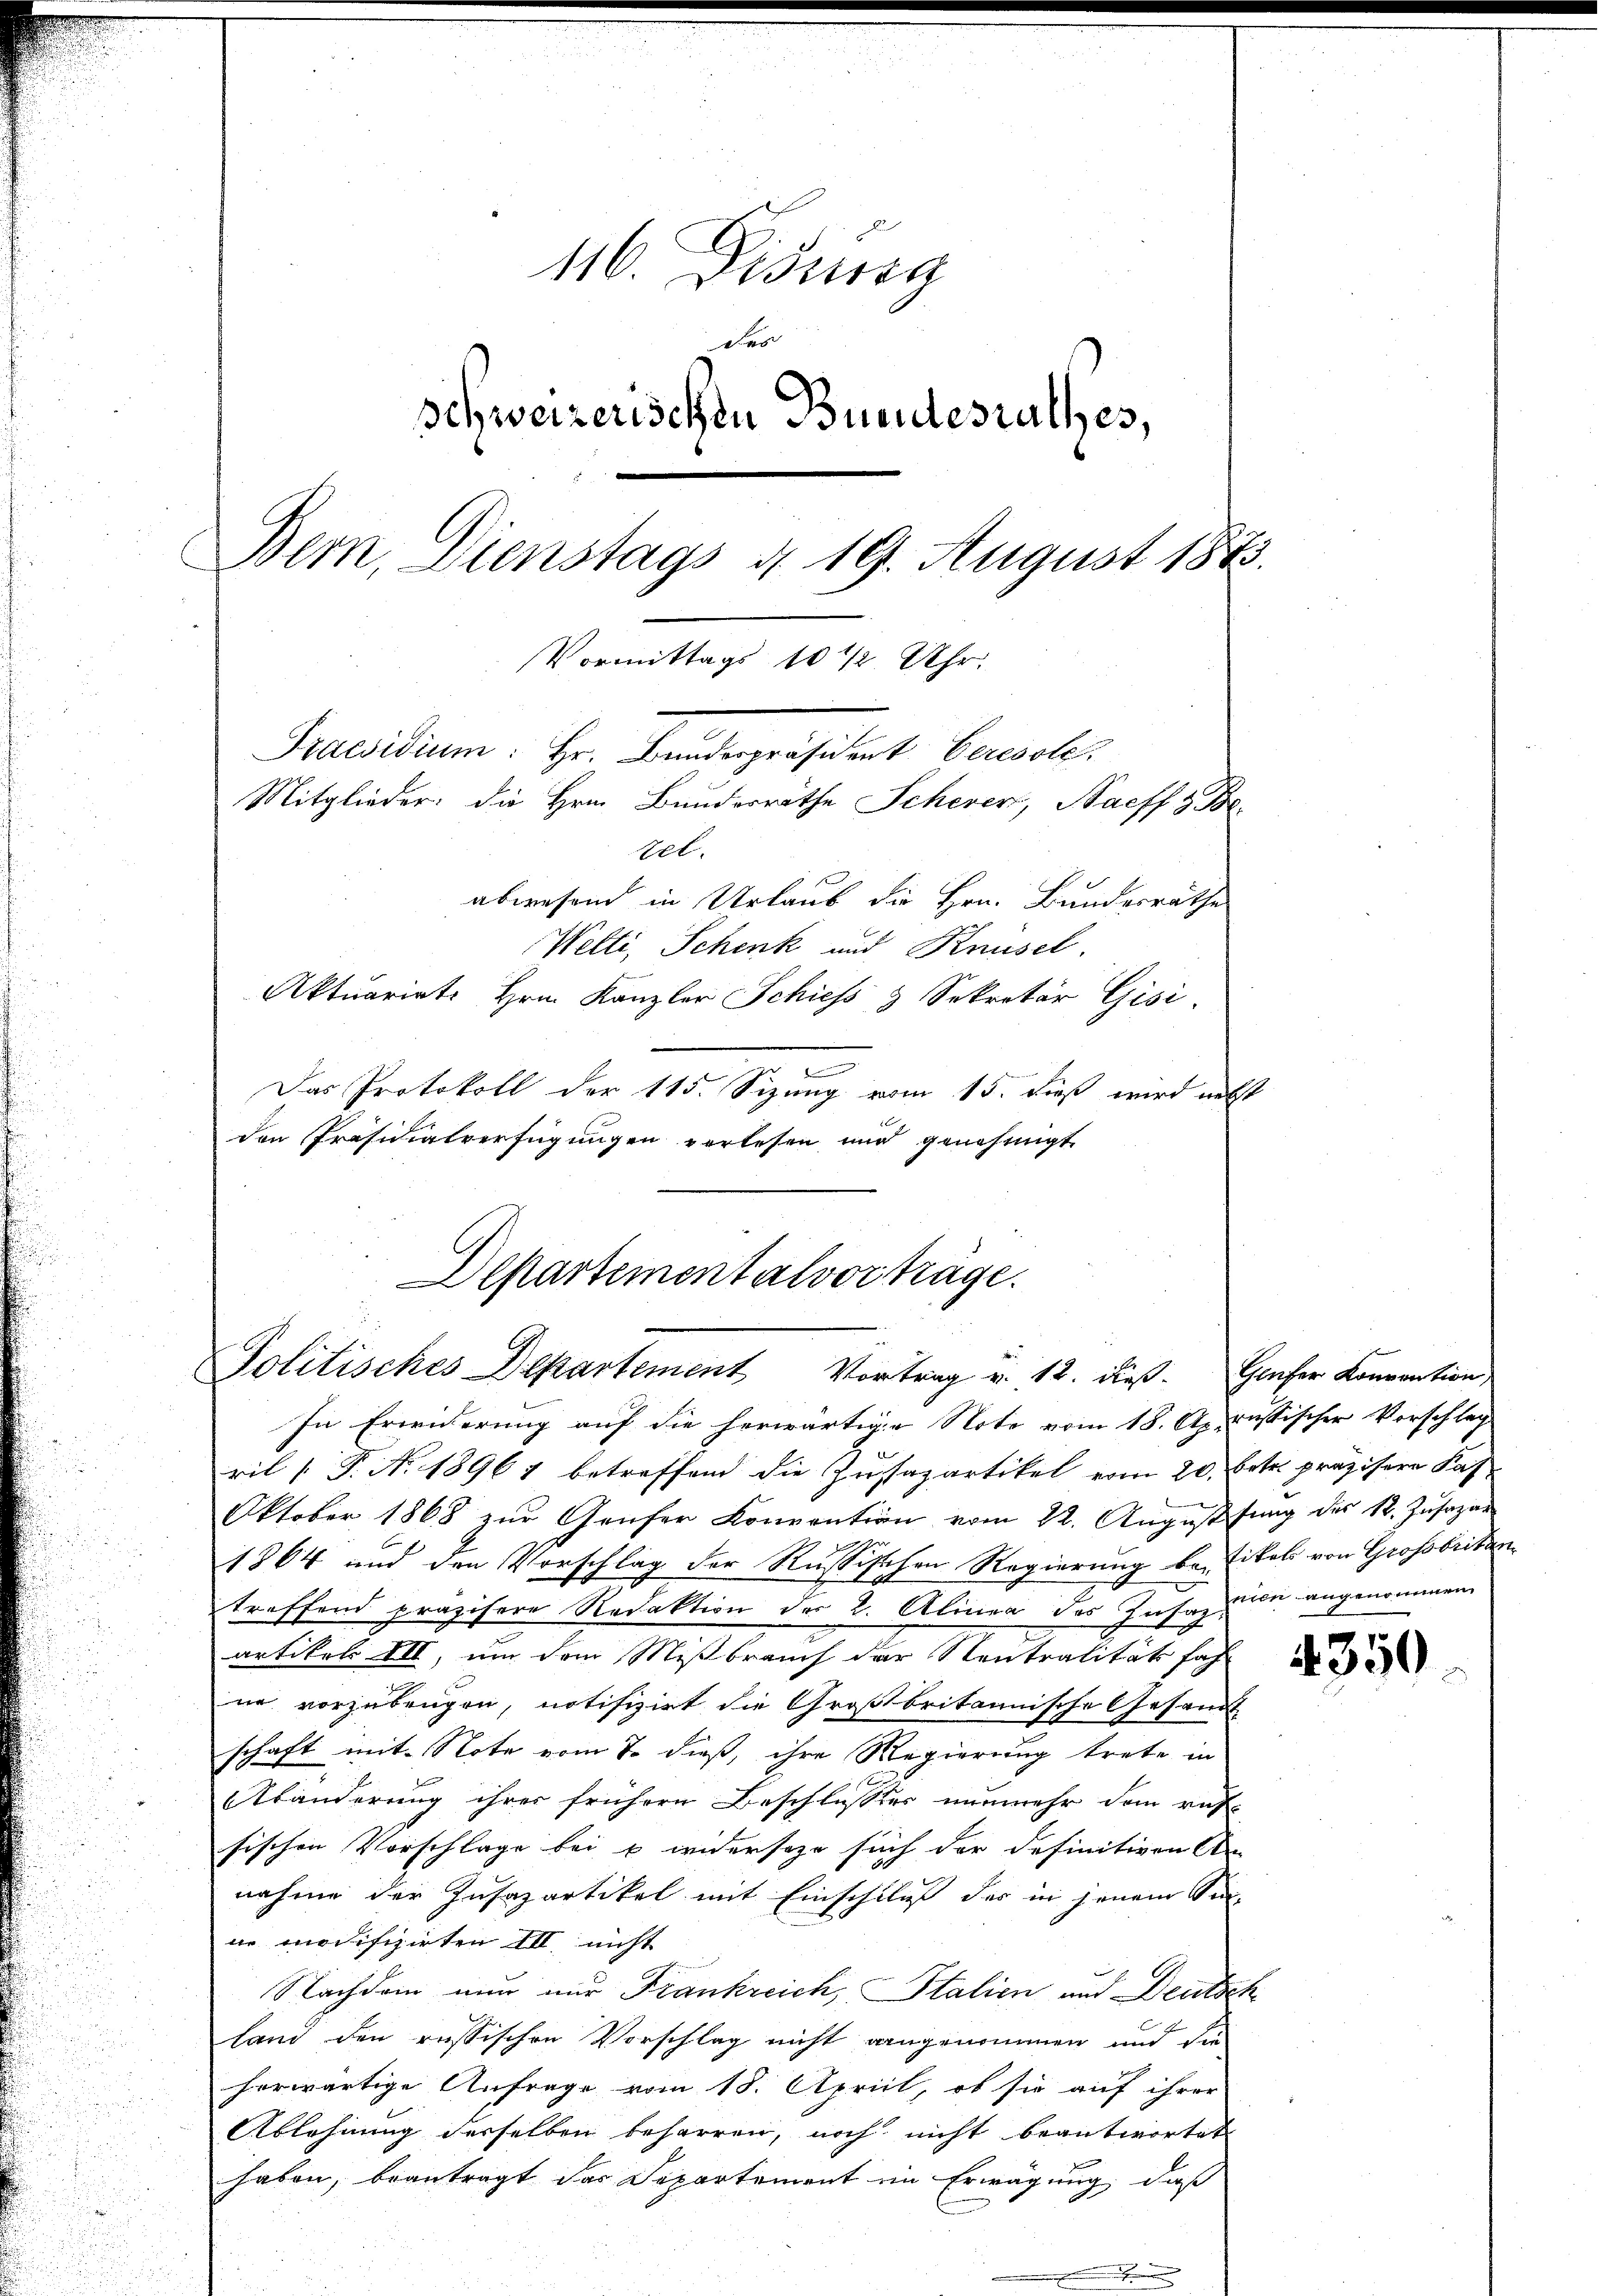
116. Didung
der
Schweizerischen Buendesrathes,
Bem, Dienstags d. 19. August 188
Vormittags 10½ Uhr.
Praesidium: Hr. Bundespräsident Ceresole,
Mitglieder: die Hrn. Bundesräthe Schever, Bacff & Be
100.
abwesend in Urlaub die Hrn. Bundesrathe
Welti, Schenk und Knüsel.
Aktuarirte Hrn. Kanzler Schiess 3 Sekretär Gisi,
e
Das Protokoll der 115. Sizung vom 15. dieß wird nebst

Departementalvorträge.
Politisches Departement Vortrag v. 12. dieß. Hauser Konvention

den Präsidialverfügungen verlesen und genehmigt.

In Erwiderung auf die herwärtige Note vom 18. Aprussischer Vorschlag
ril 1. P. Nr. 18967 betreffend die Zussapartikel vom 20. betr. präzisere Kas
Oktober 1868 zŭr Genfer Konvention vom 22. August fung des St. Jŭsazar
1864 und den Vorschlag der Russischen Regierung bei Eitels von Grossbritantreffend präzisere Redaktion der 2. Alinea des Insaz zum angenommen
artikel III, um dem Mißbrauch der Neutralität fah
ne vorzubeugen, notifizirt die Großbritannische Gesandt
schaft mit Note vom 7. dieß, ihre Regierung trete in
Abänderung ihrer frühere Beschlusses nunmehr dem rus-
sischen Vorschlage bei u widerseze such der definitiven An-
nahme der Insapartikel mit Einschluß des in jenem Sin
de modifizirten III. nicht
Nachdem nun nur Frankreich, Italien und Deutsch
land den russischen Vorschlag nicht angenommen und die
herwärtige Anfrage vom 18. April, ob sie auf ihrer
Ablehnung derselben beharren, noch nicht beantwortet
haben, beantragt das Departement im Erwägung, daß

4350